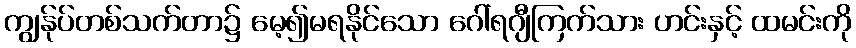
ကျွန်ုပ်တစ်သက်တာ၌ မေ့၍မရနိုင်သော ဂေါ်ရဂျီကြက်သား ဟင်းနှင့် ထမင်းကို